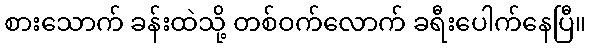
စားသောက် ခန်းထဲသို့ တစ်ဝက်လောက် ခရီးပေါက်နေပြီ။